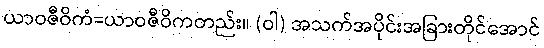
ယာဝဇီဝိကံ=ယာဝဇီဝိကတည်း။ (ဝါ) အသက်အပိုင်းအခြားတိုင်အောင်